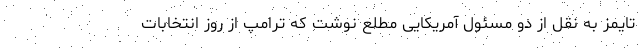
تایمز به نقل از دو مسئول آمریکایی مطلع نوشت که ترامپ از روز انتخابات